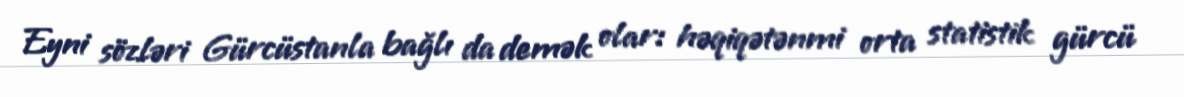
Eyni sözləri Gürcüstanla bağlı da demək olar: həqiqətənmi orta statistik gürcü